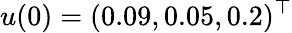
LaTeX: u(0)=(0.09,0.05,0.2)^{\top}